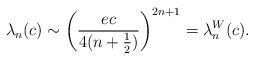
LaTeX: \begin{align*}\lambda_n(c)\sim \left ( \frac {e c} {4(n+\frac 12)} \right)^{2n+1}=\lambda_n^W(c).\end{align*}